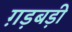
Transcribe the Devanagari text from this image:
ग़ड़बड़ी